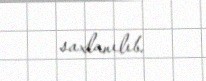
saxlanılıb.